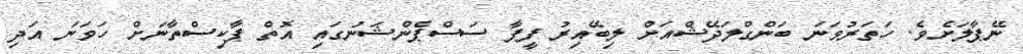
ނޭޕާލަށެވެ. ހަތަރުވަނަ ބަންގްލަދޭޝްއަށް ލިބޭއިރު ފީފާ ސަސްޕެންޝަނުގައި އޮތް ޕާކިސްތާނަށް ހަވަނަ އަދި